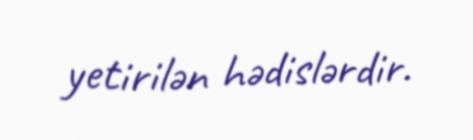
yetirilən hədislərdir.